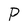
Character: P